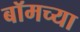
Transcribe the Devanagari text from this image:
बॉमच्या